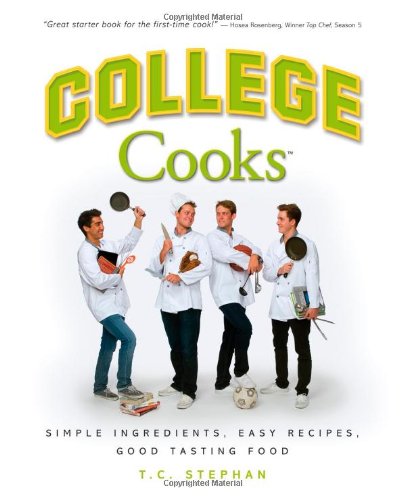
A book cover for College Cooks: Simple ingredients, easy recipes, good tasting food; T.C. Stephan; Cookbooks, Food & Wine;